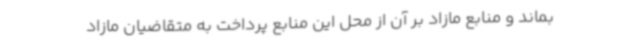
بماند و منابع مازاد بر آن از محل این منابع پرداخت به متقاضیان مازاد